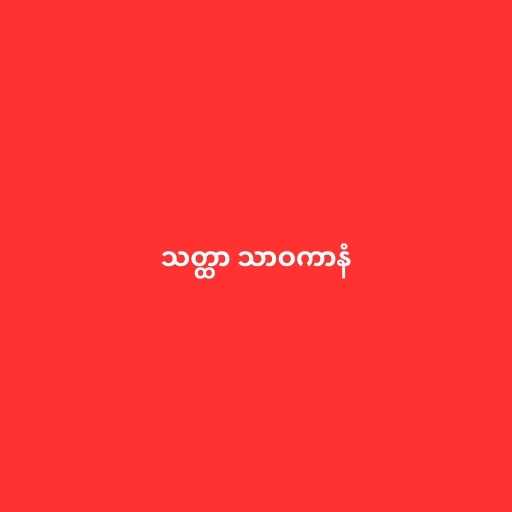
သတ္ထာ သာဝကာနံ